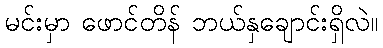
မင်းမှာ ဖောင်တိန် ဘယ်နှချောင်းရှိလဲ။